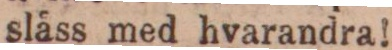
slåss med hvarandra!